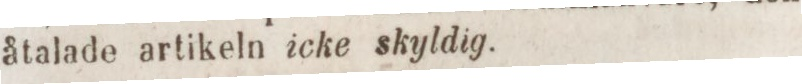
åtalade artikeln icke skyldig.